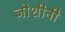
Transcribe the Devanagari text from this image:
जोशीनी